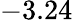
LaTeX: -3.24